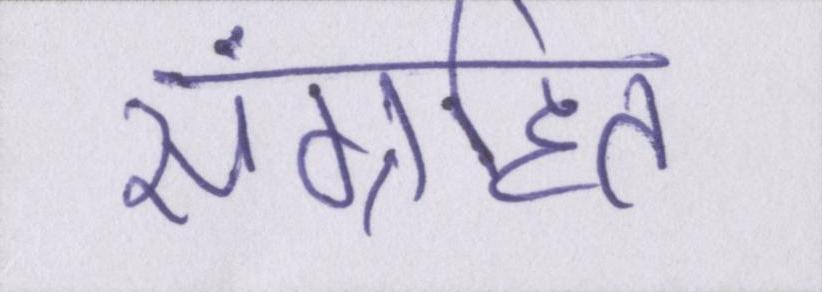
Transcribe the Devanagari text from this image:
संग्रहित